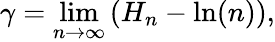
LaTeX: \gamma=\operatorname*{lim}_{n\rightarrow\infty}{\left(H_{n}-\ln(n)\right)},